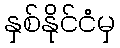
နှစ်နိုင်ငံမှ